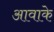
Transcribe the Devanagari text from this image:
आवाके